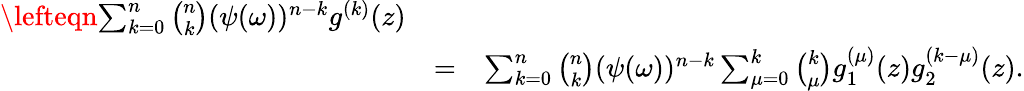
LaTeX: \begin{array}{rlr}{\lefteqn{\sum_{k=0}^{n}\binom{n}{k}(\psi(\omega))^{n-k}g^{(k)}(z)}}\\ &{=}&{\sum_{k=0}^{n}\binom{n}{k}(\psi(\omega))^{n-k}\sum_{\mu=0}^{k}\binom{k}{\mu}g_{1}^{(\mu)}(z)g_{2}^{(k-\mu)}(z).}\end{array}